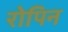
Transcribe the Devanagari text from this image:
रोपिन